Annual vaccination report of Bihar and Orissa - 1911-1928
Year: 1911
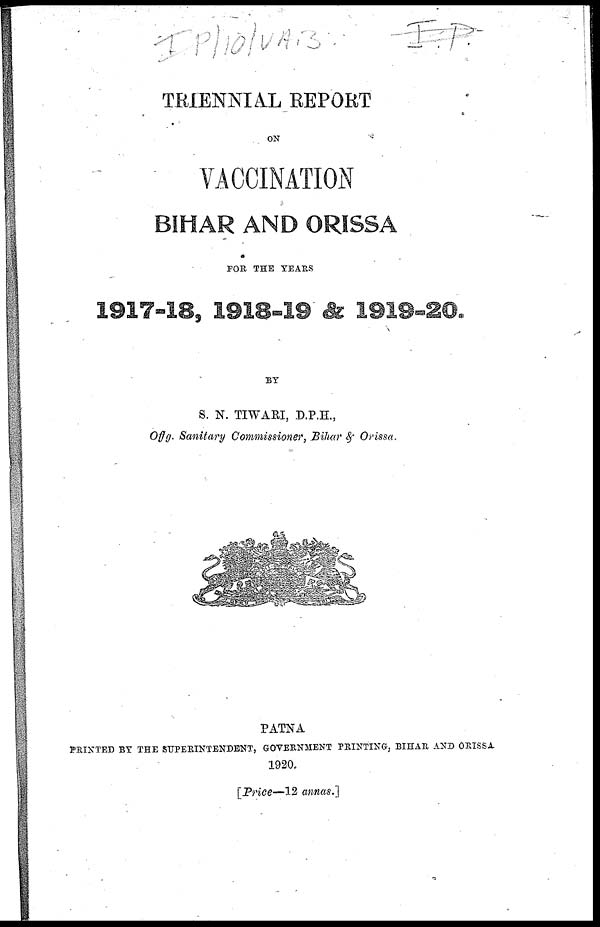
TRIENNIAL REPORT
ON
VACCINATION
BIHAR AND ORISSA
FOR THE YEARS
1917-18, 1918-19 & 1919-20.
BY
S. N. TIWARI, D.P.H.,
Offg. Sanitary Commissioner, Bihar & Orissa.
PATNA
PRINTED BY THE SUPERINTENDENT, GOVERNMENT PRINTING, BIHAR AND ORISSA
1920.
[Price—12 annas.]